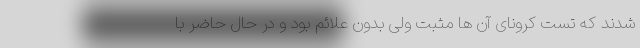
شدند که تست کرونای آن ها مثبت ولی بدون علائم بود و در حال حاضر با